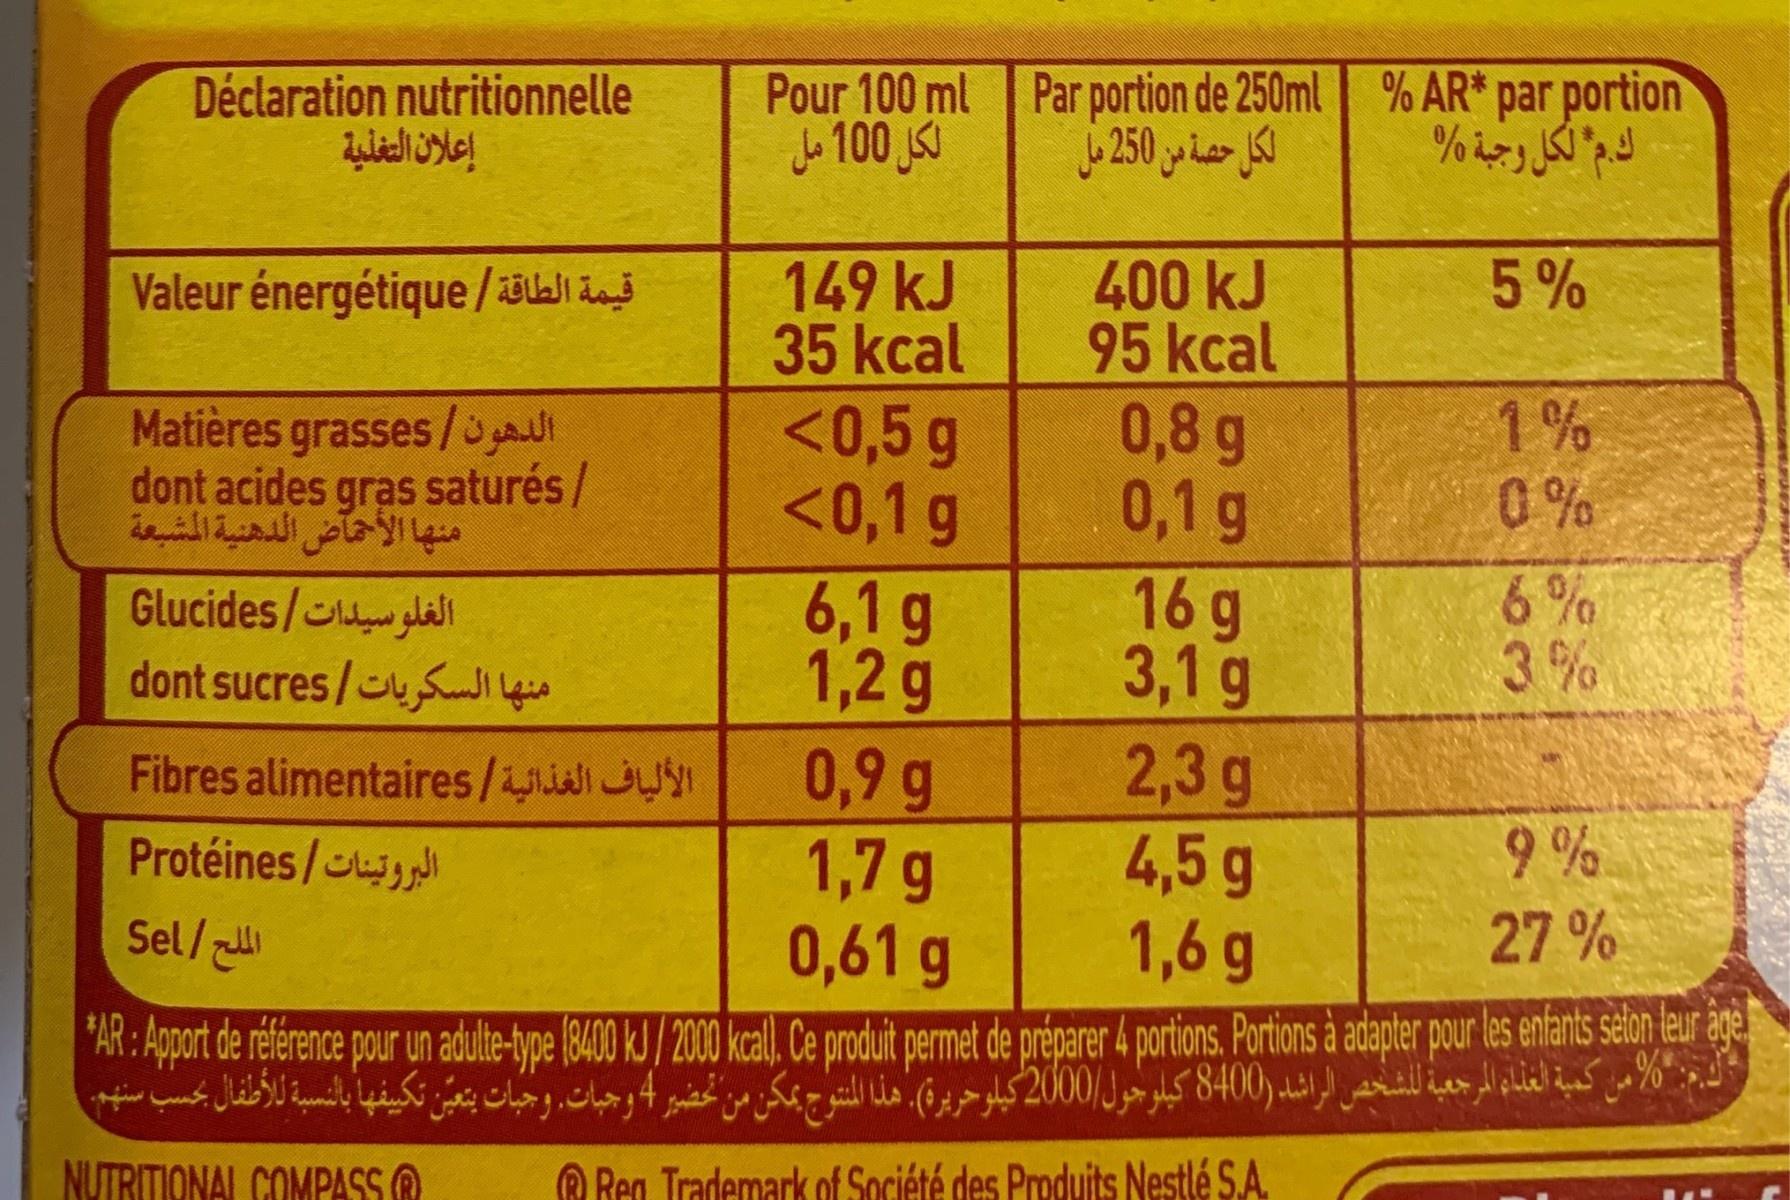
Déclaration nutritionnelle Pour 100 ml Jo 100 SJ Par portion de 250ml % AR* par portion لكل حصة ن 250 مل كدم" لكل وجبة % 6 250 149 kJ 35 kcal 5% 400 kJ 95 kcal 0,8 g 0,1 g 16g 3,1 g 2,3g 4,5 g 1,6 g Valeur énergétique/Bi dn Matières grasses/3 gaul dont acides gras saturés/ منها الأحماض الدهنية المشبعة <0,5 g <0,1 g 1% 0% Glucides/u l dont sucres/u Sdl beie 6,1 g 1,2 g 3% 0,9 g 1,7 g 0,61 g Fibres alimentaires/i JUI Protéines/ Sel/ 27 % AR: Apport de réference pour un adulte-type (8400 kJ/ 2000 kal. Ce produt permet de préparer 4 portions. Portions à adapter pour les enfants selon teur age كه: 0ل م كمية لغناء امرجعية لشخص الراشد 8400 كيلوجول/ 0 20 كيلوحريرة(. هذا النتوج يمكن من تحضير ا 4 وجبات. وجبات تعين تكيفها بالنسبة للأطفال بحسب سنهم. NUTRITIONAL COMPASS O O Ren Trademark of Société des Produits Nestlé S.A.